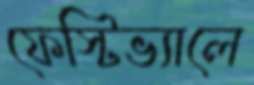
ফেস্টিভ্যালে